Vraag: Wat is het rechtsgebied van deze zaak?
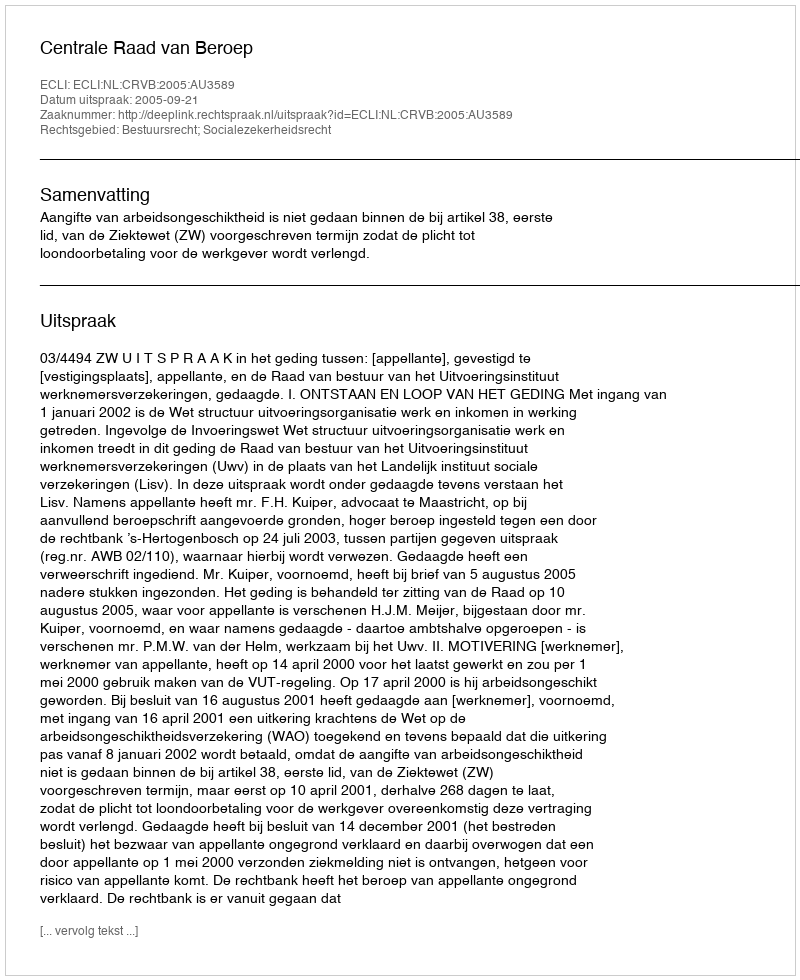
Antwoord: Bestuursrecht; Socialezekerheidsrecht